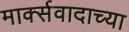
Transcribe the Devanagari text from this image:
मार्क्सवादाच्या